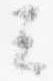
云